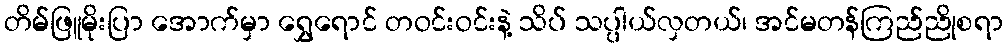
တိမ်ဖြူမိုးပြာ အောက်မှာ ရွှေရောင် တဝင်းဝင်းနဲ့ သိပ် သပ္ပါယ်လှတယ်၊ အင်မတန်ကြည်ညိုစရာ